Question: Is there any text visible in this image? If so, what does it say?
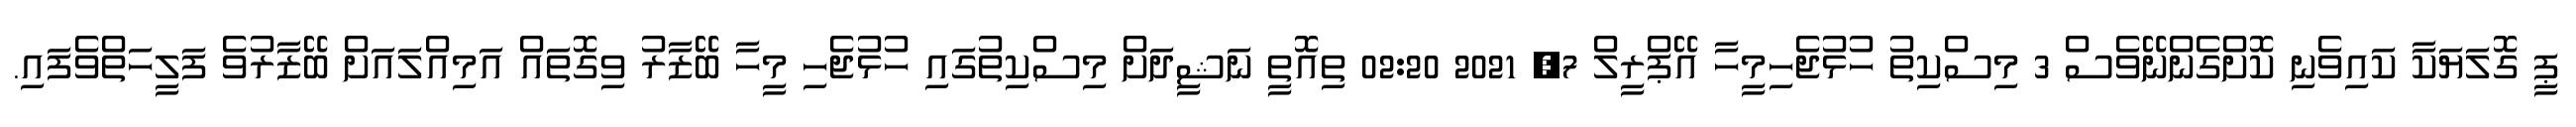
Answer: ޕީ ގޮލަޔަކާ ކައިވެނި ކޮށްގެންނޭވެސް 3 މިސްކިތު ހުޅުޖެހިމީހާ އޭޕްރީލް 7, 2021 02:20 ތިއޮތީ ނަޝީދަށް މިސްކިތުގައި ހުޅުޖެހި މީހާ ބޭޒާރު ވިގޮތައް އަމިއްލައަށް ބޭޒާރުވެ ފަލީހަތްވެފައި.